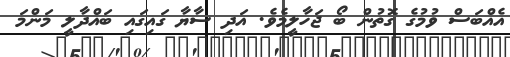
އެއްބަސް ވުމުގެ ގޮތުން ބޯ ޖަހާލީމެވެ. އަދި ސާޔާ ގައިގައި ބައްދާލީ މަންމަ